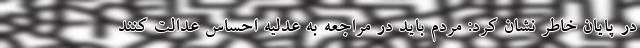
در پایان خاطر نشان کرد: مردم باید در مراجعه به عدلیه احساس عدالت کنند